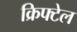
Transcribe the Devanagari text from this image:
क्रिफ्टेल